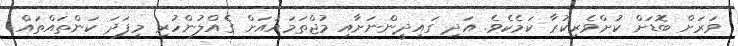
ވަރަށް ބޮޑަށް ކުށްވެރިކުރާ ކަމެކެވެ. އަދި ގައިދީންނަށާއި މުޖްތަމައުއަށް ގެއްލުންހުރި މިފަދަ ކަންތައްތައް